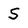
Character: S